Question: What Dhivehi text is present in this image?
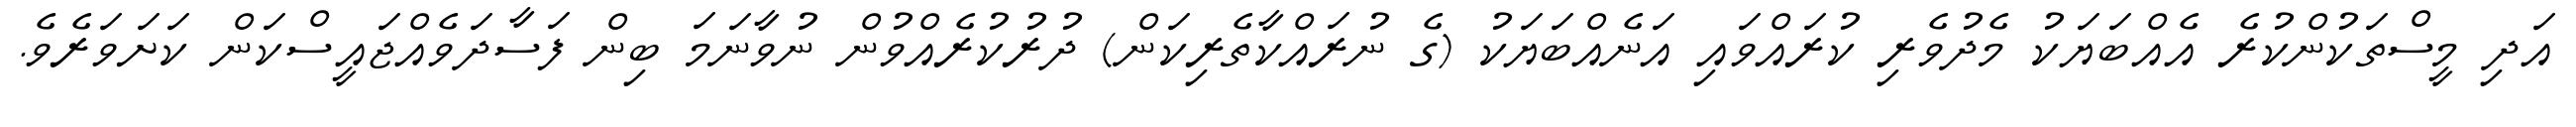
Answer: އަދި މީސްތަކުންކުރެ އެއްބަޔަކު މެދުވެރި ކުރައްވައި އަނެއްބަޔަކު (ގެ ނުރައްކާތެރިކަން) ދުރުކުރެއްވުން ނުވާނަމަ ބިން ފަސާދަވެއްޖައީސްކަން ކަށަވަރެވެ.